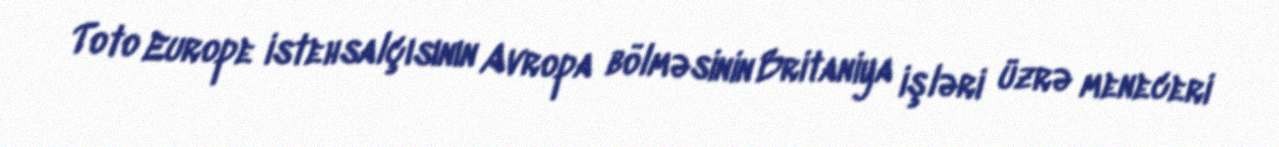
Toto Europe istehsalçısının Avropa bölməsinin Britaniya işləri üzrə meneceri